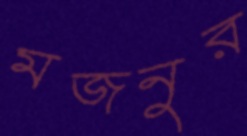
মজনুর